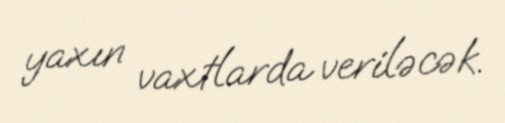
yaxın vaxtlarda veriləcək.